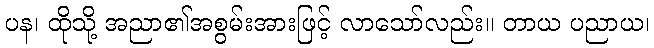
ပန၊ ထိုသို့ အညာ၏အစွမ်းအားဖြင့် လာသော်လည်း။ တာယ ပညာယ၊